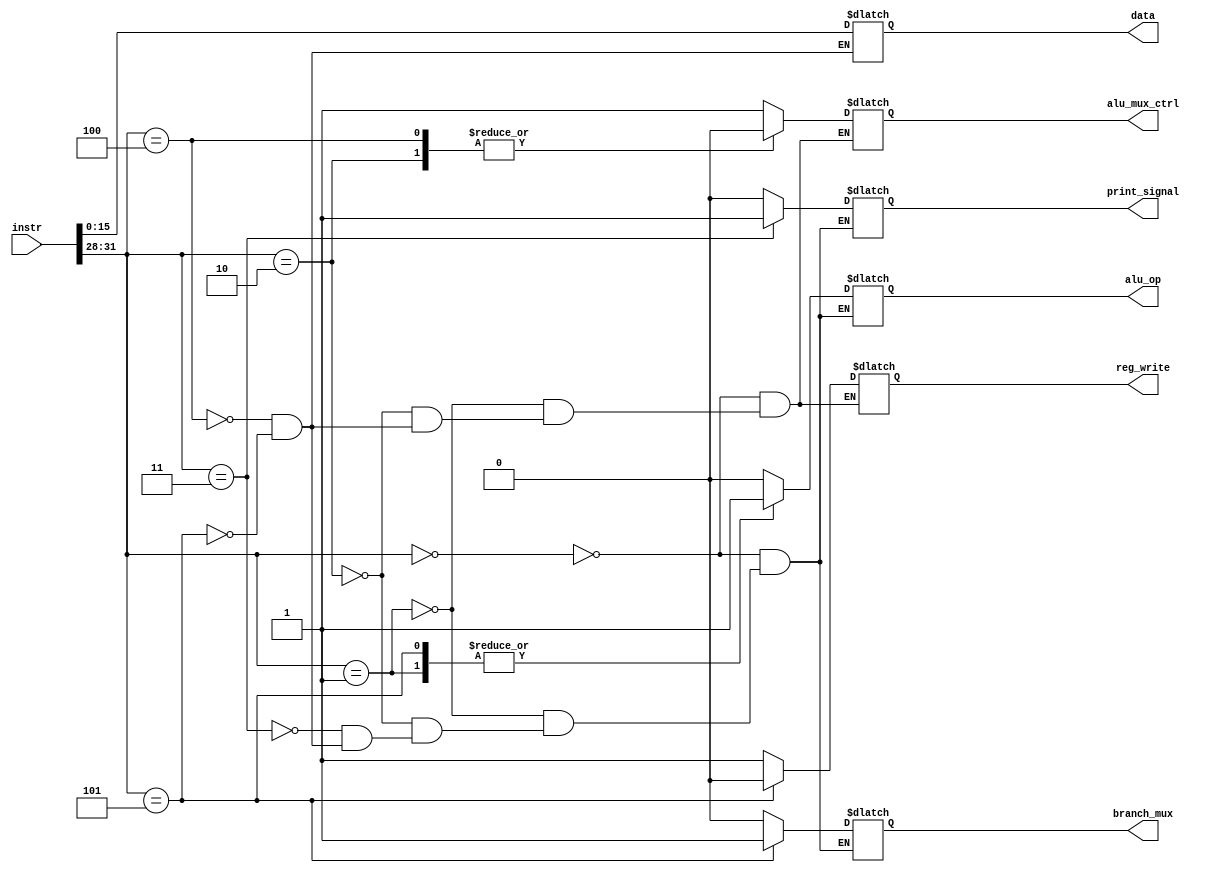
`timescale 1ns / 1ps
//////////////////////////////////////////////////////////////////////////////////
// Company: 
// Engineer: 
// 
// Design Name: 
// Module Name: control
// Project Name: 
// Target Devices: 
// Tool Versions: 
// Description: 
// 
// Dependencies: 
// 
// Revision:
// Revision 0.01 - File Created
// Additional Comments:
// 
//////////////////////////////////////////////////////////////////////////////////

//operations 
//0: add
//1: compare
//2: load 
//3: print 
//4: load immediate 
//5: branch_not_equal 

module control(
    input [31:0] instr, 
    output reg reg_write, 
    output reg alu_mux_ctrl, 
    //output mem_read, 
    //output mem_write, 
    output reg branch_mux, 
    output reg alu_op,
//    output reg [3:0] rs, 
//    output reg [3:0] rt, 
//    output reg [3:0] rd,
    output reg [15:0] data,  
    output reg print_signal
    );
    
    wire [3:0] op; 
    assign op = instr [31-:4]; 
    always @ (*) 
        case (op) 
            4'd0: begin 
                alu_op <= 0; 
                alu_mux_ctrl <= 1; //indicates the value to ALU should come from the register 
                reg_write <= 1;
                branch_mux <= 0; 
                print_signal <= 0; 
            end 
            4'd1: begin 
                alu_op <= 1; 
                alu_mux_ctrl <= 1; //indicates the value to ALU should come from the register
                reg_write <= 1; 
                branch_mux <= 0; 
                print_signal <= 0;
            end 
            4'd2: begin 
                alu_op <= 0;
                alu_mux_ctrl <= 0; //indicates the value to ALU should come from imm_data        
                reg_write <= 1; 
                branch_mux <= 0; 
                print_signal <= 0;
            end 
            4'd3: begin 
                alu_op <= 0; 
//                rs <= (instr & 32'h00F00000) >> 20; 
                print_signal <= 1; 
                branch_mux <= 0; 
            end
            4'd4: begin 
                alu_op <= 0; 
                alu_mux_ctrl <= 0; //indicates the value to the ALU should come from imm_data
                reg_write <= 1; 
                data <= instr [15:0]; 
                branch_mux <= 0; 
                print_signal <= 0;
            end 
            4'd5: begin 
                reg_write <= 0; 
                alu_op <= 1; //diff
                alu_mux_ctrl <= 1; 
                data <= instr [15:0];
                branch_mux <= 1; 
                print_signal <= 0;
            end  
        endcase     
endmodule